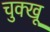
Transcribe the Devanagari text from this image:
चुक्खू